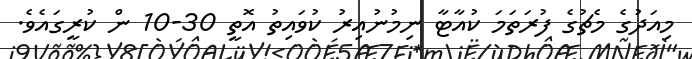
މިއަދުގެ މެޗުގެ ފުރަތަަމަ ކުއާޓާ ނިމުނުއިރު ކުވައިތު އޮތީ 30-10 ން ކުރީގައެވެ.